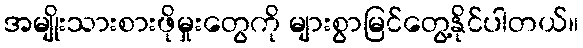
အမျိုးသားစားဖိုမှုးတွေကို များစွာမြင်တွေ့နိုင်ပါတယ်။